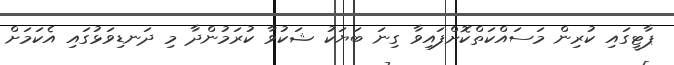
ޕާޓީގައި ކުރިން މަސައްކަތްކޮށްފައިވާ ގިނަ ބަޔަކު ޝަކުވާ ކުރަމުންދާ މި ދަނޑިވަޅުގައި އެކަމަށް